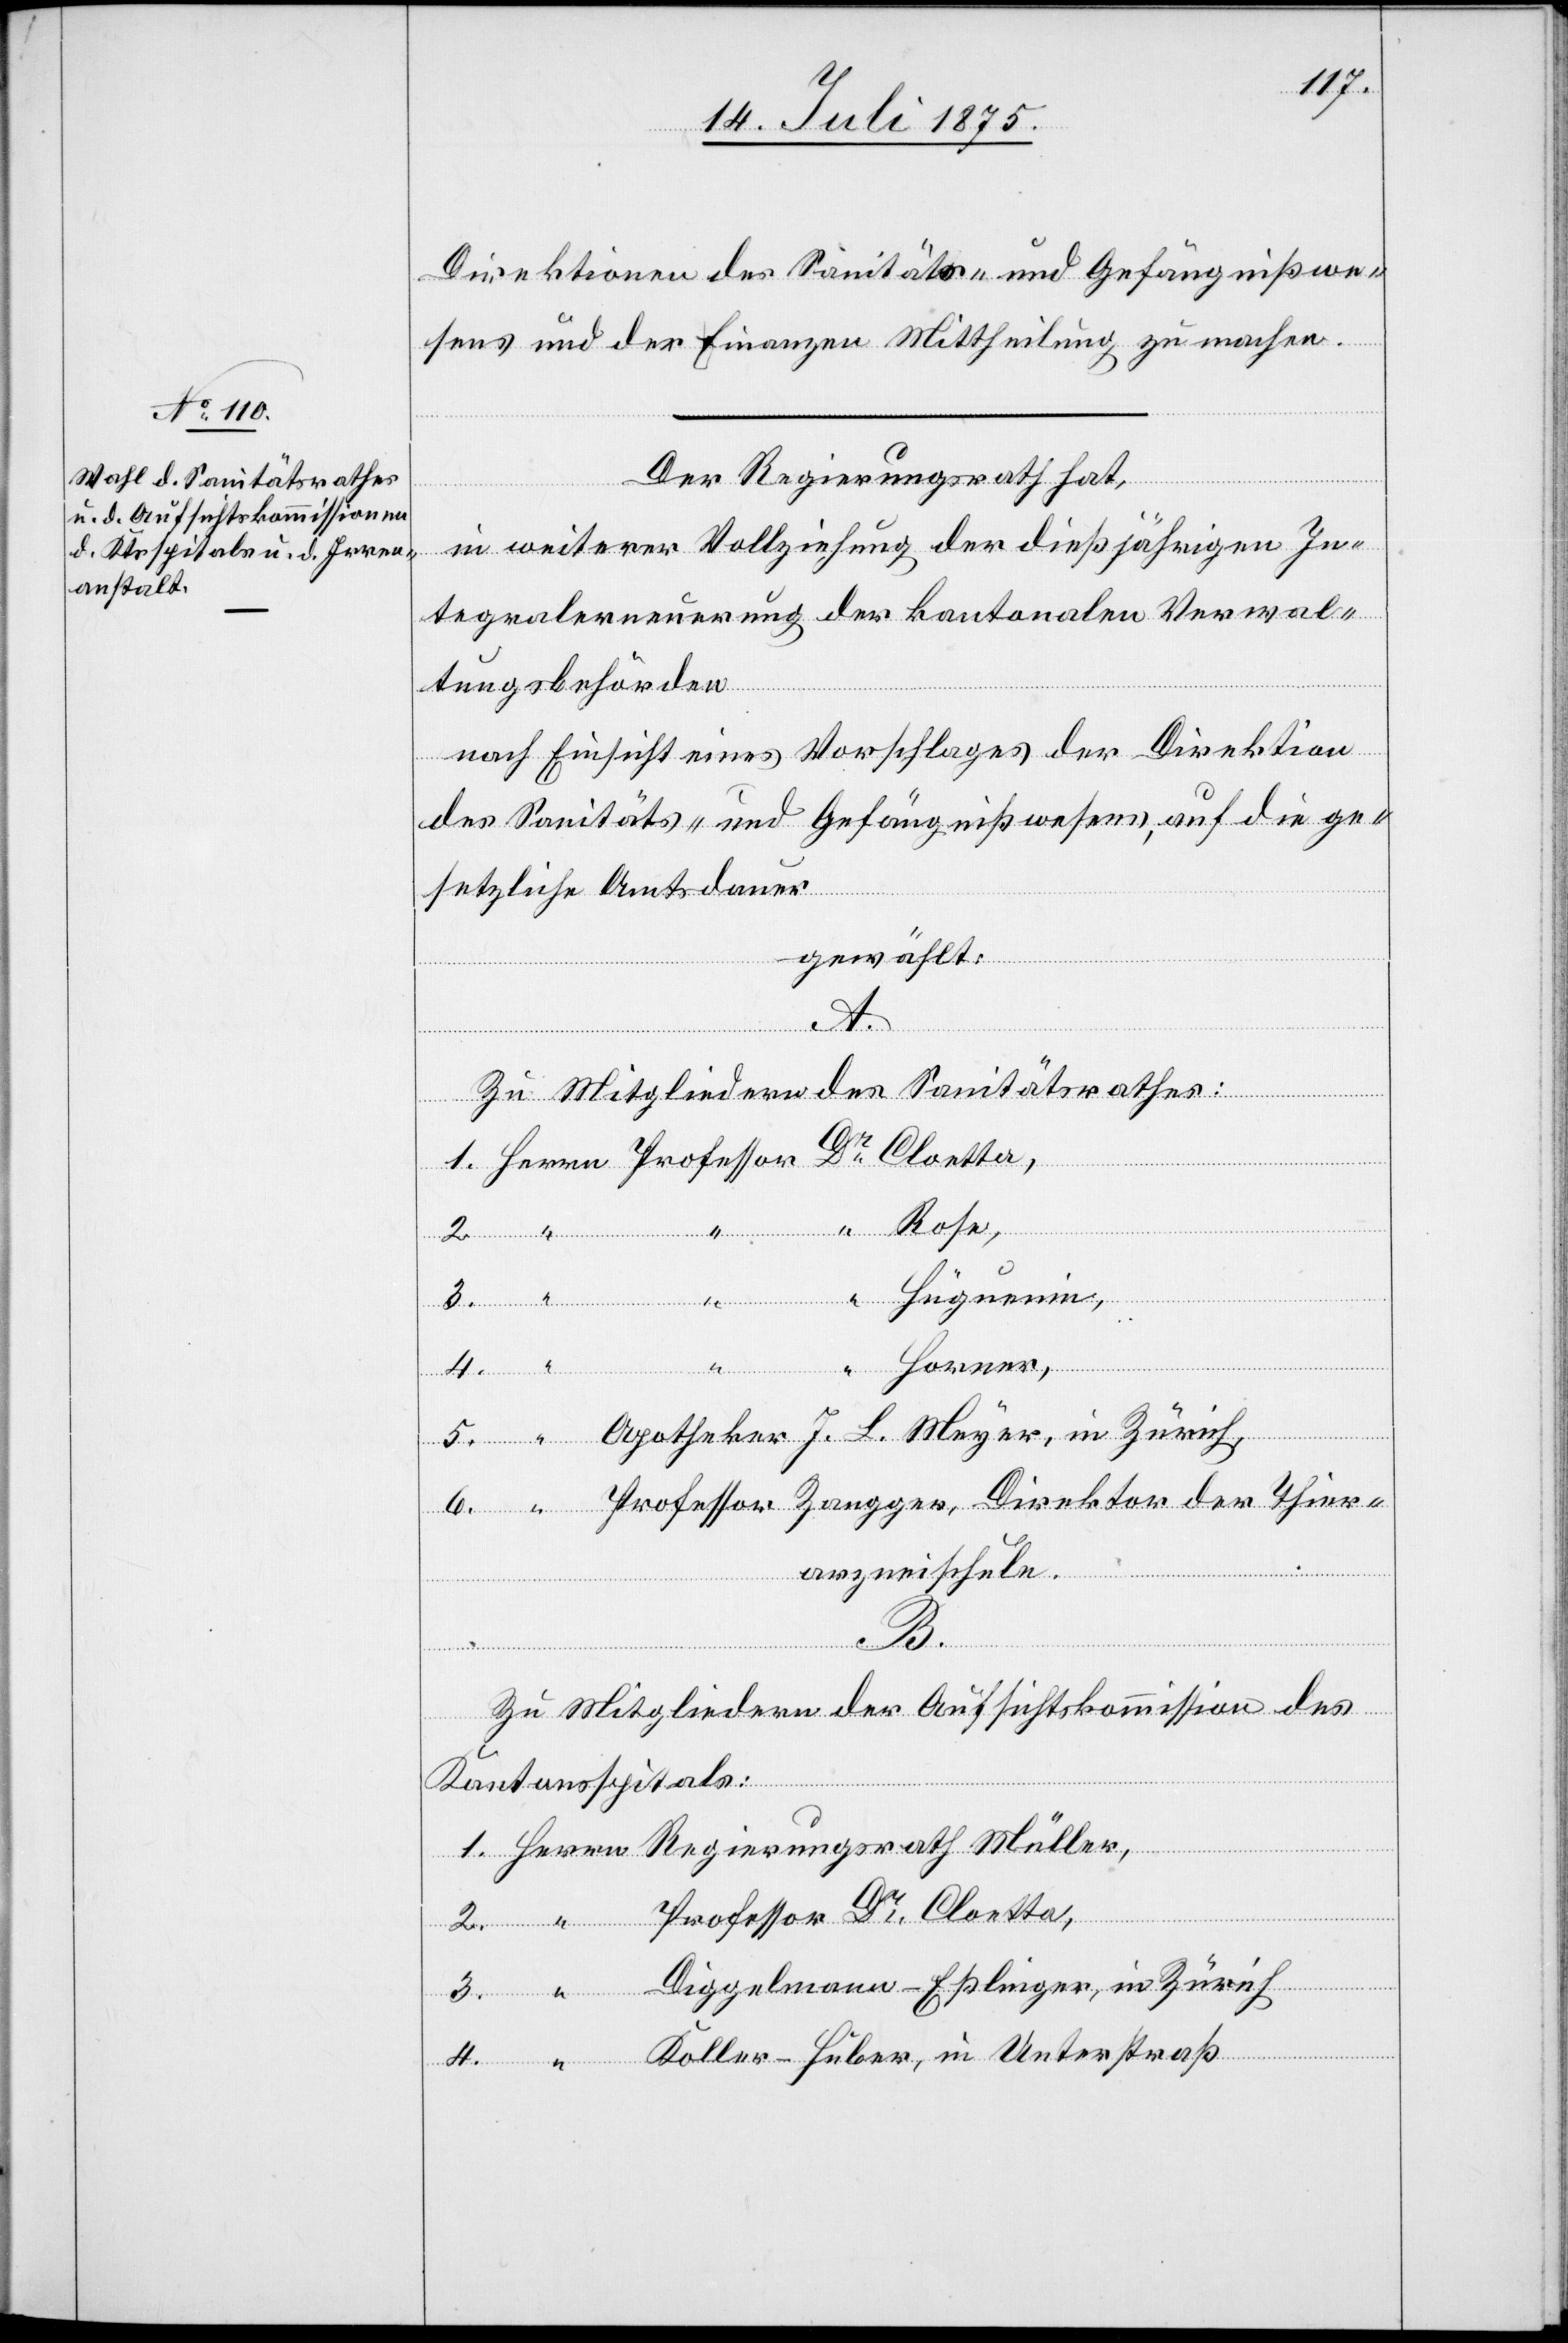
6.
Direktionen des Sanitäts- und Gefängnißwe¬
sens und der Finanzen Mittheilung zu machen.
Der Regierungsrath hat,
ierungs¬
in weiterer Vollziehung der dießjährigen In¬
tegralerneuerung der kantonalen Verwal¬
tungsbehörden
nach Einsicht eines Vorschlages der Direktion
des Sanitäts- und Gefängnißwesens, auf die ge¬
in
setzliche Amtsdauer
gewählt:
Unters¬
traß
Zu Mitgliedern des Sanitätsrathes:
4.
Thier¬
arzneischule.
3.
Zu Mitgliedern der Aufsichtskommission des
Kantonsspitals:
Diggelmann-Eßlinger, in Zürich